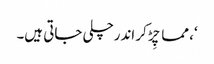
‘، مما چِڑ کر اندرچلی جاتی ہیں۔